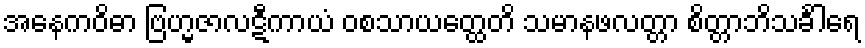
အနေကဝိဓာ ဗြဟ္မဇာလဋီကာယံ ဝစသာယတ္ထေတိ သမာနဖလတ္တာ စိတ္တာဘိသင်္ခါရေ